Scientific memoirs by medical officers of the Army of India - Part XII,
Year: 1901
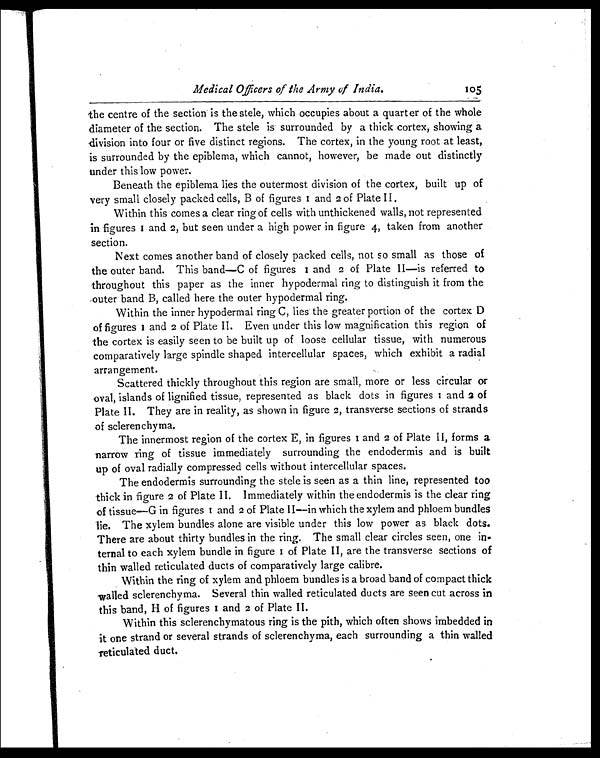
Medical Officers of the Army of India.
1 0 5
the centre of the section is the stele, which occupies about a quarter of the whole
diameter of the section. The stele is surrounded by a thick cortex, showing a
division into four or five distinct regions. The cortex, in the young root at least,
is surrounded by the epiblema, which cannot, however, be made out distinctly
under this low power.
Beneath the epiblema lies the outermost division of the cortex, built up of
very small closely packed cells, B of figures 1 and 2 of Plate II.
Within this comes a clear ring of cells with unthickened walls, not represented
in figures 1 and2 ,
b u t s e e n u n d e r a h i g h p o w e r i n f i g u r e 4 , t a k e n f r o m a n o t h e r
section.
Next comes another band of closely packed cells, not so small as those of
the outer band. This band—C of figures 1 and 2 o f P l a t e I I — i s r e f e r r e d t o
throughout this paper as the inner hypodermal ring to distinguish it from the
outer band B, called here the outer hypodermal ring.
Within the inner hypodermal ring C, lies the greater portion of the cortex D
of figures 1 and2 o f P l a t e I I . E v e n u n d e r t h i s l o w m a g n i f i c a t i o n t h i s r e g i o n o f
the cortex is easily seen to be built up of loose cellular tissue, with numerous
comparatively large spindle shaped intercellular spaces, which exhibit a radial
arrangement.
Scattered thickly throughout this region are small, more or less circular or
oval, islands of lignifled tissue, represented as black dots in figures 1 and 2 o f
Plate II. They are in reality, as shown in figure 2, transverse sections of strands
of sclerenchyma.
The innermost region of the cortex E, in figures 1 and2 o f P l a t e I I , f o r m s a
narrow ring of tissue immediately surrounding the endodermis and is built
up of oval radially compressed cells without intercellular spaces.
The endodermis surrounding the stele is seen as a thin line, represented too
thick in figure 2 of Plate II. Immediately within the endodermis is the clear ring
of tissue—G in figures 1 and2 o f P l a t e I I — i n w h i c h t h e x y l e m a n d p h l o e m b u n d l e s
lie. The xylem bundles alone are visible under this low power as black dots.
There are about thirty bundles in the ring. The small clear circles seen, one in-
ternal to each xylem bundle in figure 1 of Plate II, are the transverse sections of
thin walled reticulated ducts of comparatively large calibre.
Within the ring of xylem and phloem bundles is a broad band of compact thick
walled sclerenchyma. Several thin walled reticulated ducts are seen cut across in
this band, H of figures 1 and2 o f P l a t e I I .
Within this sclerenchymatous ring is the pith, which often shows imbedded in
it one strand or several strands of sclerenchyma, each surrounding a thin walled
reticulated duct.